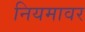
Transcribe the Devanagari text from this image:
नियमावर